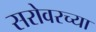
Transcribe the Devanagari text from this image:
सरोवरच्या